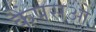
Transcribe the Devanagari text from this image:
कैंपसओ